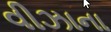
વીઝાના